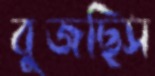
বুজছিস